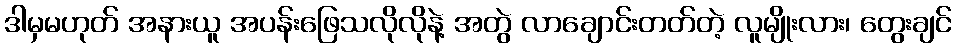
ဒါမှမဟုတ် အနားယူ အပန်းဖြေသလိုလိုနဲ့ အတွဲ လာချောင်းတတ်တဲ့ လူမျိုးလား၊ တွေးချင်